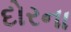
દોરના